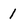
Character: 1